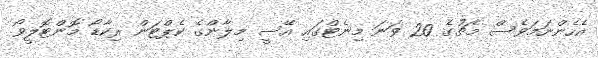
އެހެންނަމަވެސް މެޗުގެ 20 ވަނަ މިނެޓްގައި އޭސީ މިލާންގެ ކެޕްޓަން ރިކާޑޯ މޮންޓޮލީވޯ